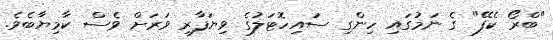
"ބްރޯ ކެފޭ" ގެ ނަމުގައި ހިންގި ސައިހޮޓަލުގެ ވިޔަފާރި ވަރަށް ވެސް ކާމިޔާބެވެ.